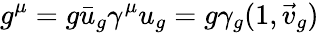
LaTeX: g^{\mu}=g\bar{u}_{g}\gamma^{\mu}u_{g}=g\gamma_{g}(1,\vec{v}_{g})